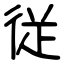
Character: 従